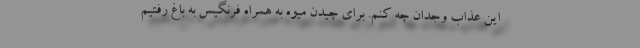
این عذاب وجدان چه کنم. برای چیدن میوه به همراه فرنگیس به باغ رفتیم